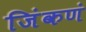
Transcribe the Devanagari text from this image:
जिंकणं